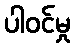
ပါဝင်မှု